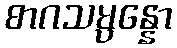
စာဂသမ္ပန္နော